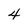
Character: 4